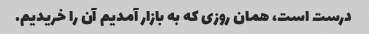
درست است، همان روزی که به بازار آمدیم آن را خریدیم.